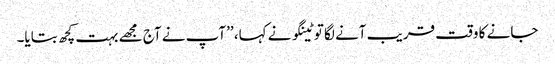
جانے کا وقت قریب آنے لگا توٹینگو نے کہا، ’’آپ نے آج مجھے بہت کچھ بتایا۔